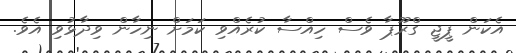
އެކަން ޕީޖީ ގްރޫޕާ ވެސް ހިއްސާ ކުރެއްވި ކަމަށް ނިހާން ވިދާޅުވި އެވެ.